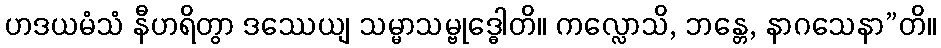
ဟဒယမံသံ နီဟရိတွာ ဒဿေယျ သမ္မာသမ္ဗုဒ္ဓေါတိ။ ကလ္လောသိ, ဘန္တေ, နာဂသေနာ”တိ။